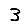
Digit: 3